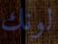
لونك